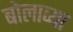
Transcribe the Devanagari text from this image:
बोलाव्या